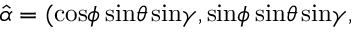
\hat { \alpha } = ( \mathrm { c o s } \phi \, \mathrm { s i n } \theta \, \mathrm { s i n } \gamma , \mathrm { s i n } \phi \, \mathrm { s i n } \theta \, \mathrm { s i n } \gamma ,